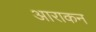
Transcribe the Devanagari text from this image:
आराकन